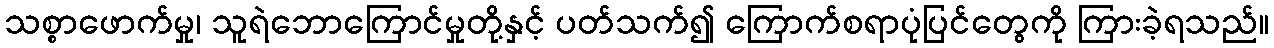
သစ္စာဖောက်မှု၊ သူရဲဘောကြောင်မှုတို့နှင့် ပတ်သက်၍ ကြောက်စရာပုံပြင်တွေကို ကြားခဲ့ရသည်။